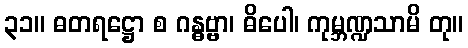
၃၁။ ဓတရဋ္ဌော စ ဂန္ဓဗ္ဗာ၊ ဓိပေါ၊ ကုမ္ဘဏ္ဍသာမိ တု။